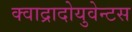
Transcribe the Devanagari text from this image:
क्वाद्रादोयुवेन्टस